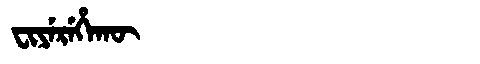
Manchu: ᠸᡳᠶᡝᡵᡝᡥᠠᡴᡡ
Romanization: FIYEREHAKŪ